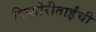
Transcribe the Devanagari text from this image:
किशोरीताईंची